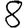
Digit: 8